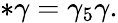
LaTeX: \ast\gamma=\gamma_{5}\gamma.